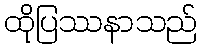
ထိုပြဿနာသည်